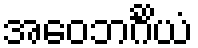
အဝေဘင်္ဂိယံ